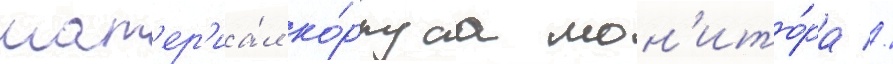
мат'ер'иа́л ко́рпуса мон'ито́ра //